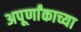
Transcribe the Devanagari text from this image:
अपूर्णांकाच्या